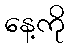
နေ့ကို